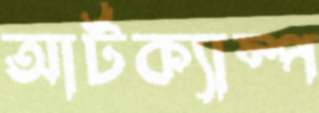
আর্টক্যাম্প